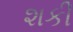
શકી